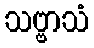
သဗ္ဗာသံ